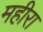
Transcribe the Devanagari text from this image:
महीरा